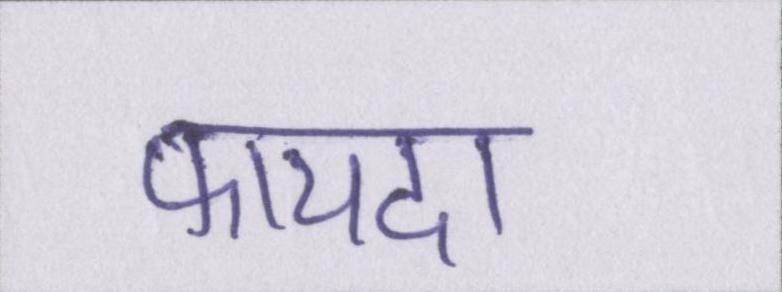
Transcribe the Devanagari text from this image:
फायदा